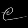
Digit: ၉